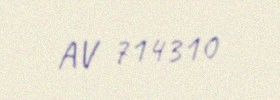
AV 714310